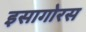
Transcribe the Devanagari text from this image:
इसागोरस